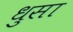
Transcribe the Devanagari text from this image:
धुसा